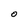
Character: 0